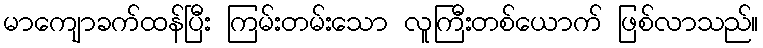
မာကျောခက်ထန်ပြီး ကြမ်းတမ်းသော လူကြီးတစ်ယောက် ဖြစ်လာသည်။